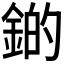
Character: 𫒫